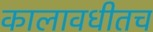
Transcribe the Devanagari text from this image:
कालावधीतच